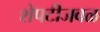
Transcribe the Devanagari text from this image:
शेपटीजवळ